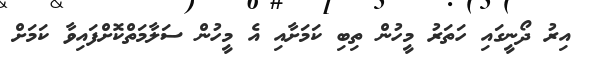
އިރު ދޯނީގައި ހަތަރު މީހުން ތިބި ކަމަށާއި އެ މީހުން ސަލާމަތްކޮށްފައިވާ ކަމަށް